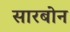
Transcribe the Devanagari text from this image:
सारबोन